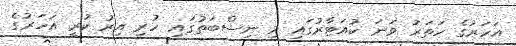
އަހަރުގެ ހަތަރު ވަނަ ކުއަޓާރުގައި މި ނިސްބަތުގައި ހުރި އިރު ކުރީ އަހަރުގެ